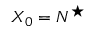
X _ { 0 } = N ^ { \star }